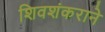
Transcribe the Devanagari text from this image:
शिवशंकराने